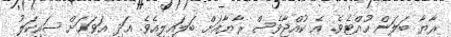
ރާޔާ ބަލަން ހުއްޓެވެ. އެ ކުއްޖާވެސް ރާޔާއަށް ބަލައިލިއެވެ. އަދި އަވަހަށް ސައިކަލު